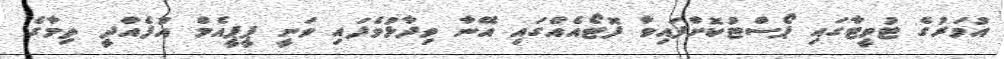
އުމަރުގެ ޓުވީޓާގައި ޕޯސްޓުކޮށްފައިވާ ފޮޓޯއެއްގައި އޭނާ ވިދާޅުވެފައި ވަނީ ޕީޕީއެމް އުފެއްދީ ތިމާގެ